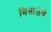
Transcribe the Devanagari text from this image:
बिसाऊंचे